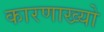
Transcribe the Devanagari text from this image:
कारणाख्यो